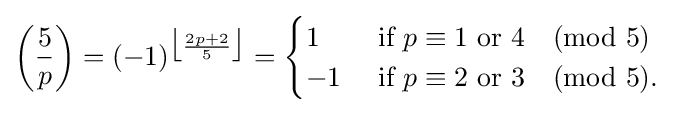
\left({\frac {5}{p}}\right)=(-1)^{{\big \lfloor }{\frac {2p+2}{5}}{\big \rfloor }}={\begin{cases}1&{\mbox{ if }}p\equiv 1{\mbox{ or }}4{\pmod {5}}\\-1&{\mbox{ if }}p\equiv 2{\mbox{ or }}3{\pmod {5}}.\end{cases}}